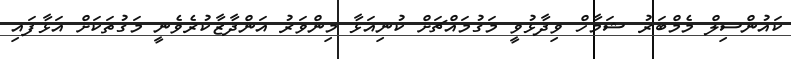
ކައުންސިލް މެމްބަރު ޝަމާހް ވިދާޅުވީ މަގުމައްޗަށް ކުނިއަޅާ މިންވަރު އަންދާޒާކުރެވެނީ މަގުތަކަށް އަޅާފައި